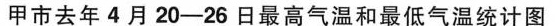
甲市去年4月20-26日最高气温和最低气温统计图